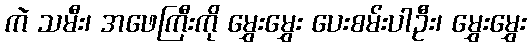
ကဲ သမီး၊ အဖေကြီးကို မွှေးမွှေး ပေးစမ်းပါဦး၊ မွှေးမွှေး